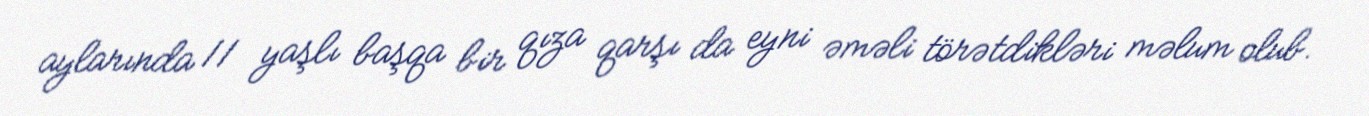
aylarında 11 yaşlı başqa bir qıza qarşı da eyni əməli törətdikləri məlum olub.